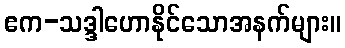
ဧက-သဒ္ဒါဟောနိုင်သောအနက်များ။